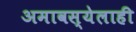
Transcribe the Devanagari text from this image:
अमावस्येलाही